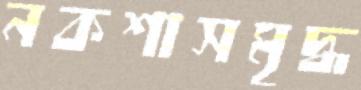
নকশাসমৃদ্ধ